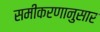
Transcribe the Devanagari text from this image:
समीकरणानुसार